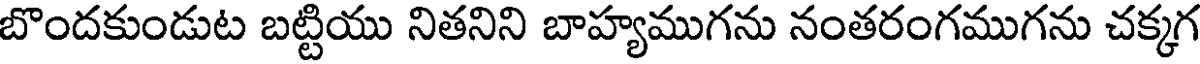
బొందకుండుట బట్టియు నితనిని బాహ్యముగను నంతరంగముగను చక్కగ